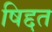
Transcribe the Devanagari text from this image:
षिद्दत